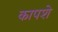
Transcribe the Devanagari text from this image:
कापशे